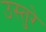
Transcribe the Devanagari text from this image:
उस्तुरे